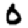
Digit: 0